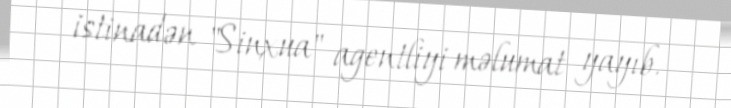
istinadən "Sinxua" agentliyi məlumat yayıb.